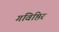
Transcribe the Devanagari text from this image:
गविष्ठिर